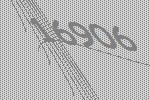
16906